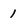
Character: 1